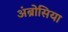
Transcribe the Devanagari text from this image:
अंब्रोसिया